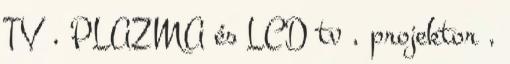
TV , PLAZMA és LCD tv , projektor ,